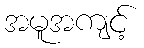
အမူအကျင့်